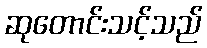
ဆုတောင်းသင့်သည်